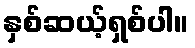
နှစ်ဆယ့်ရှစ်ပါ။